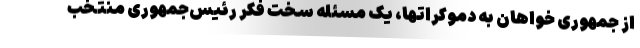
از جمهوری خواهان به دموکراتها، یک مسئله سخت فکر رئیس‌جمهوری منتخب